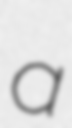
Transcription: a